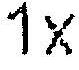
1X